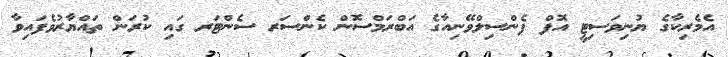
އެމެރިކާގެ ޔުނިވަސިޓީ އޮފް ޕެންސިލްވޭނިއާގެ އަބްރަމްސޮން ކެންސަރ ސެންޓަރ ގައި ކުރަން ތައްޔާރުވެފައިވާ